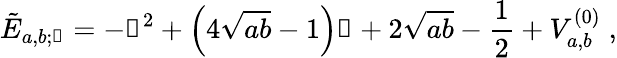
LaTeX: \tilde{E}_{a,b;\mathscr{n}}=-\mathscr{n}^{2}+\left(4\sqrt{ab}-1\right)\mathscr{n}+2\sqrt{ab}-\frac{1}{2}+V_{a,b}^{(0)}\; ,